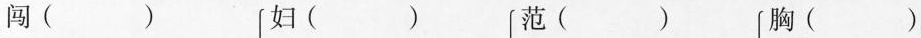
闯( ) 妇( ) 范( ) 胸( )